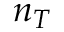
n _ { T }